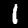
Digit: 1